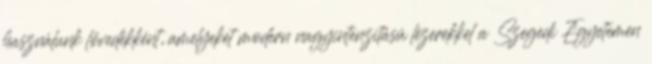
használunk lövedékként, amelyeket modern nagyintenzitású lézerekkel a Szegedi Egyetemen